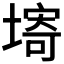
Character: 𡏾